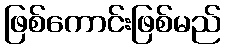
ဖြစ်ကောင်းဖြစ်မည်